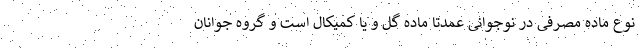
نوع ماده مصرفی در نوجوانی عمدتا ماده گل و یا کمیکال است و گروه جوانان